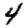
Digit: 4